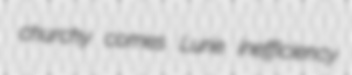
churchy comes Lurie inefficiency